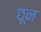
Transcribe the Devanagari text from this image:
छून